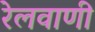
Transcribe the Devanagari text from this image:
रेलवाणी